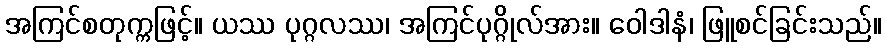
အကြင်စတုက္ကဖြင့်။ ယဿ ပုဂ္ဂလဿ၊ အကြင်ပုဂ္ဂိုလ်အား။ ဝေါဒါနံ၊ ဖြူစင်ခြင်းသည်။